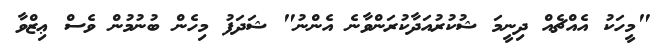
"މީހަކު އެއްޗެއް ދިނީމަ ޝުކުރުއަދާކުރަންވާނެ އެންނު" ޝަދަފު މިހެން ބުނުމުން ވެސް ޢިޒްވާ